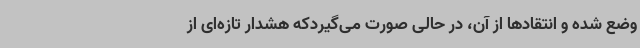
وضع شده و انتقادها از آن، در حالی صورت می‌گیردکه هشدار تازه‌ای از